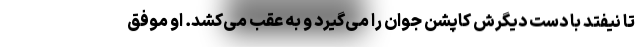
تا نیفتد با دست دیگرش کاپشن جوان را می‌گیرد و به عقب می‌کشد. او موفق